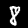
Label: 8